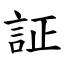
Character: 証